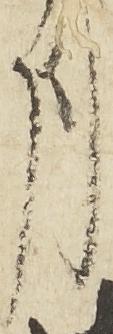
月